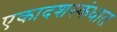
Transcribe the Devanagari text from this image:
एकादशस्‍कंधात